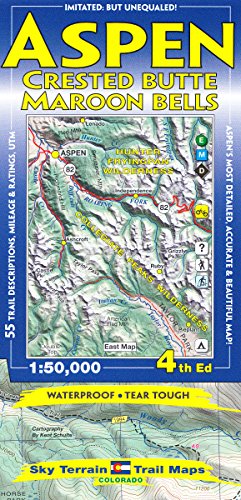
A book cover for Aspen, Crested Butte & Maroon Bells Trail Map 4th Edition; Kent Schulte; Travel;